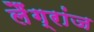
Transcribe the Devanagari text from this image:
लैंग्रांज